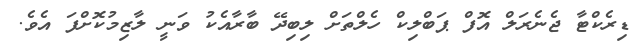
ޑިރެކްޓާ ޖެނެރަލް އޮފް ޕަބްލިކް ހެލްތަށް ލިބިދޭ ބާރާއެކު ވަނީ ލާޒިމުކޮށްފަ އެވެ.